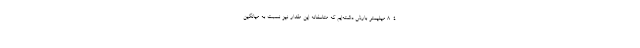
۴. ۸ میلیمتر بارش داشته‌ایم که متاسفانه این مقدار نیز نسبت به میانگین